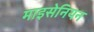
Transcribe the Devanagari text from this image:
माइसेनियन